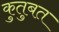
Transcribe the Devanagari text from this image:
कुतुबत